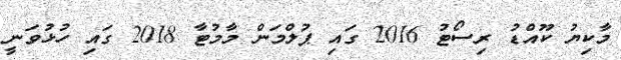
މާކިޔު ކޫއްޑު ރިސޯޓު 2016 ގައި ޕުލްމަން މާމުޓާ 2018 ގައި ހުޅުވަނީ